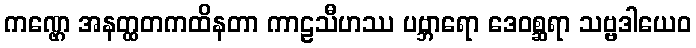
ကဏ္ဌေ အနတ္ထတကထိနတာ ကာဠသီဟဿ ပဗ္ဘာရော ဒေဝစ္ဆရာ သဗ္ဗဒါယေဝ